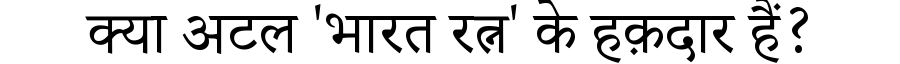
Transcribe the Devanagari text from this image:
क्या अटल 'भारत रत्न' के हक़दार हैं?